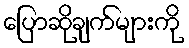
ပြောဆိုချက်များကို